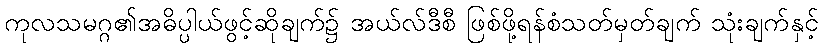
ကုလသမဂ္ဂ၏အဓိပ္ပါယ်ဖွင့်ဆိုချက်၌ အယ်လ်ဒီစီ ဖြစ်ဖို့ရန်စံသတ်မှတ်ချက် သုံးချက်နှင့်